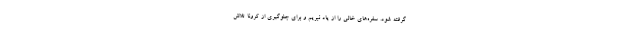
گرفته شود. سفره‌های خالی را از یاد نبریم و برای جلوگیری از کرونا تلاش